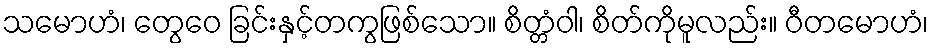
သမောဟံ၊ တွေဝေ ခြင်းနှင့်တကွဖြစ်သော။ စိတ္တံဝါ၊ စိတ်ကိုမူလည်း။ ဝီတမောဟံ၊